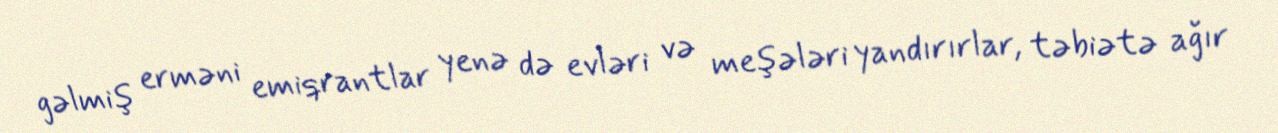
gəlmiş erməni emiqrantlar yenə də evləri və meşələri yandırırlar, təbiətə ağır